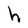
Character: h